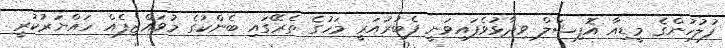
ފުލުހުންގެ މީޑިއާ އޮފިޝަލް ވިދާޅުވެފައިވަނީ ފެބުރުއަރީ މަހުގެ ތެރޭގައި ބެންކުގެ މުވައްޒިފެއް ހައްޔަރުކުރީ